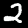
Label: 2